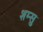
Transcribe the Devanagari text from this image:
शम्सु